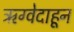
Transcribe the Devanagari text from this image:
ऋग्वेदाहून